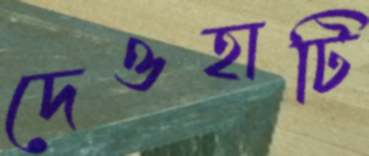
দেওহাটি